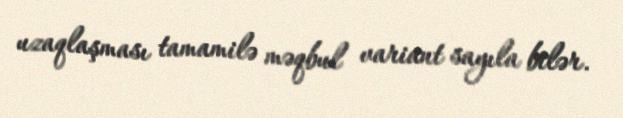
uzaqlaşması tamamilə məqbul variant sayıla bilər.